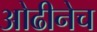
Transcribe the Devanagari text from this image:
ओढीनेच